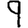
Digit: 9